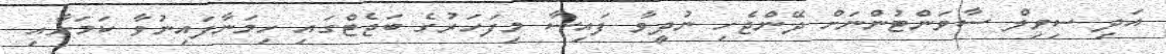
އަދި ސިވިލް ސާވަންޓުންނަށް ދޭންޖެހި ނުދީވާ ފައިސާ މިފަހަރުގެ ބަޖެޓްގައި ހިމަނާފައިނުވާ ކަމަށާއި